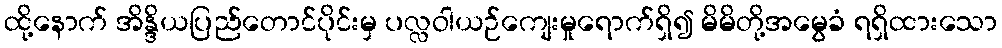
ထို့နောက် အိန္ဒိယပြည်တောင်ပိုင်းမှ ပလ္လဝါယဉ်ကျေးမှုရောက်ရှိ၍ မိမိတို့အမွေခံ ရရှိထားသော